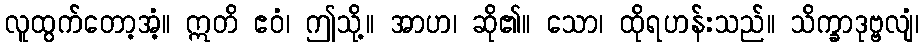
လူထွက်တော့အံ့။ ဣတိ ဧဝံ၊ ဤသို့။ အာဟ၊ ဆို၏။ သော၊ ထိုရဟန်းသည်။ သိက္ခာဒုဗ္ဗလျံ၊